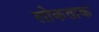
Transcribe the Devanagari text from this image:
लोकताक